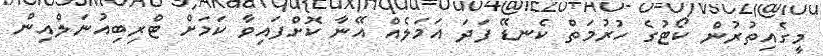
މީގެއިތުރުން ކޯޓުގެ ހުރުމަތް ކެނޑޭ ފަދަ އަމަލެއް އޭނާ ކޮށްފައިވާ ކަމަށް ޓްރިބިއުނަލްއިން